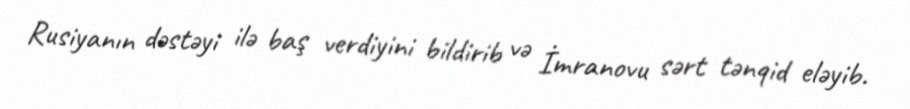
Rusiyanın dəstəyi ilə baş verdiyini bildirib və İmranovu sərt tənqid eləyib.